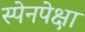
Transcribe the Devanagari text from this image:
स्पेनपेक्षा